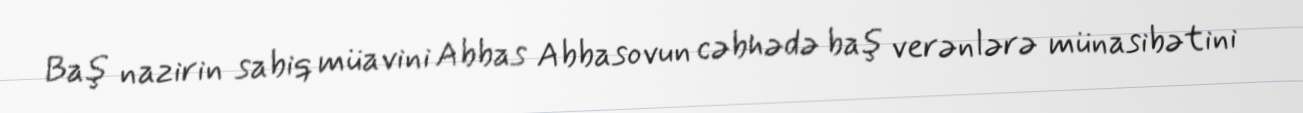
Baş nazirin sabiq müavini Abbas Abbasovun cəbhədə baş verənlərə münasibətini